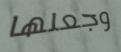
وجعلها